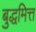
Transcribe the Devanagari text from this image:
बुद्धमित्त